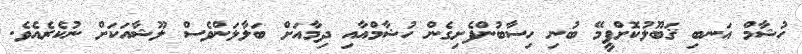
ހުޝާމް އަނބި ޤަބޫލުކޮށްފީމޭ ބުނި ހިސާބުންފެށިގެން ހުޝާމްއާއި ދިމާއަށް ބަލާލަންވެސް ލޫޝާއަކަށް ނުކެެރެއެވެ.